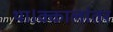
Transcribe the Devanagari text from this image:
था।क्कालांतर